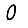
Digit: 0